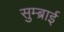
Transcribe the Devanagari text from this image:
सुम्ब्राई